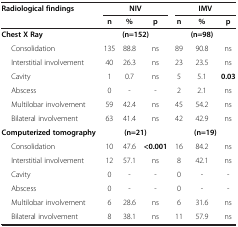
| Radiological findings | <COLSPAN=3> NIV | <COLSPAN=3> IMV |
 |  | n | % | p | n | % | p |
 | --- | --- | --- | --- | --- | --- | --- |
 | Chest X Ray | <COLSPAN=3> (n=152) |  | (n=98) |  |
 | Consolidation | 135 | 88.8 | ns | 89 | 90.8 | ns |
 | Interstitial involvement | 40 | 26.3 | ns | 23 | 23.5 | ns |
 | Cavity | 1 | 0.7 | ns | 5 | 5.1 | 0.03 |
 | Abscess | 0 | - | - | 2 | 2.1 | ns |
 | Multilobar involvement | 59 | 42.4 | ns | 45 | 54.2 | ns |
 | Bilateral involvement | 63 | 41.4 | ns | 42 | 42.9 | ns |
 | Computerized tomography | <COLSPAN=3> (n=21) | <COLSPAN=3> (n=19) |
 | Consolidation | 10 | 47.6 | <0.001 | 16 | 84.2 | ns |
 | Interstitial involvement | 12 | 57.1 | ns | 8 | 42.1 | ns |
 | Cavity | 0 | - | - | 0 | - | - |
 | Abscess | 0 | - | - | 0 | - | - |
 | Multilobar involvement | 6 | 28.6 | ns | 6 | 31.6 | ns |
 | Bilateral involvement | 8 | 38.1 | ns | 11 | 57.9 | ns |